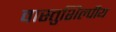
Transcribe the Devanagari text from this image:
वास्‍तुशिल्‍पीय